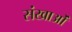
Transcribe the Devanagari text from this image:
संखाओं